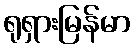
ရုရှားမြန်မာ